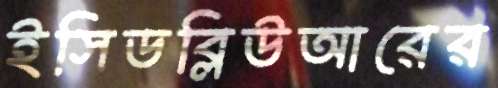
ইসিডব্লিউআরের